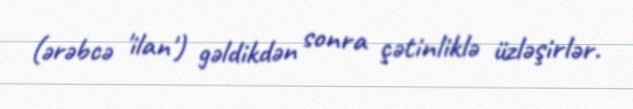
(ərəbcə 'ilan') gəldikdən sonra çətinliklə üzləşirlər.